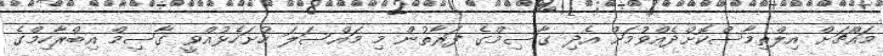
މައްޗަށް އިލްތިމާސްކޮށްދެއްވުމަށް އެދި ގާސިމްގެ ފަރާތުން މި މައްސަލަ ހުށަހެޅުއްވީ ގާސިމް އިބްރާހިމްގެ